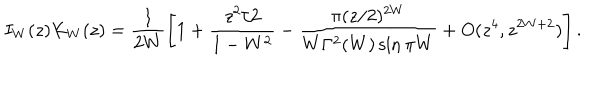
I _ { W } ( z ) K _ { W } ( z ) = \frac { 1 } { 2 W } \left[ 1 + \frac { z ^ { 2 } / 2 } { 1 - W ^ { 2 } } - \frac { \pi ( z / 2 ) ^ { 2 W } } { W \Gamma ^ { 2 } ( W ) \sin \pi W } + O ( z ^ { 4 } , z ^ { 2 W + 2 } ) \right] .